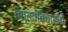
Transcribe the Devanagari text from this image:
तत्त्वविचारांचे